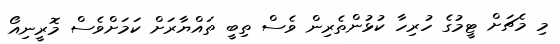
މި މެޗަށް ޓީމުގެ ހުރިހާ ކުޅުންތެރިން ވެސް ތިބީ ތައްޔާރަށް ކަމަށްވެސް މޮރީނިއޯ